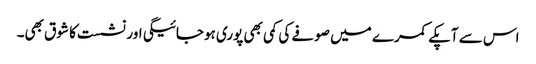
اس سے آپکے کمرے میں صوفے کی کمی بھی پوری ہوجائیگی اور نشست کا شوق بھی۔